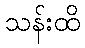
သန်းထိ